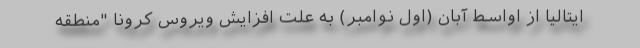
ایتالیا از اواسط آبان (اول نوامبر) به علت افزایش ویروس کرونا "منطقه